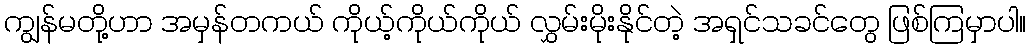
ကျွန်မတို့ဟာ အမှန်တကယ် ကိုယ့်ကိုယ်ကိုယ် လွှမ်းမိုးနိုင်တဲ့ အရှင်သခင်တွေ ဖြစ်ကြမှာပါ။